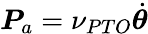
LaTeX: \boldsymbol{P}_{a}=\nu_{PTO}\dot{\boldsymbol{\theta}}